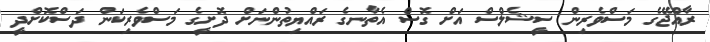
ރާއްޖޭގެ މަސްވެރިން ސީޝެލްސް އަށް ގޮސް އެތާނގެ ރައްޔިތުންނަށް ދޮށީގެ މަސްވެރިކަން ދަސްކޮށްދީ